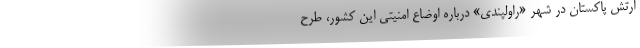
ارتش پاکستان در شهر «راولپندی» درباره اوضاع امنیتی این کشور، طرح